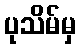
ပုသိမ်မှ